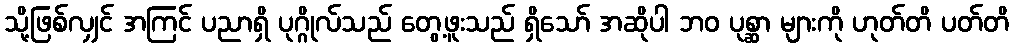
သို့ဖြစ်လျှင် အကြင် ပညာရှိ ပုဂ္ဂိုလ်သည် တွေ့ဖူးသည် ရှိသော် အဆိုပါ ဘဝ ပုစ္ဆာ များကို ဟုတ်တိ ပတ်တိ